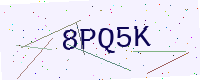
Text: 8PQ5K